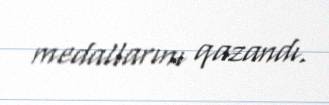
medallarını qazandı.